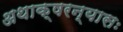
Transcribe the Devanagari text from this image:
अथाक्षरन्यासः